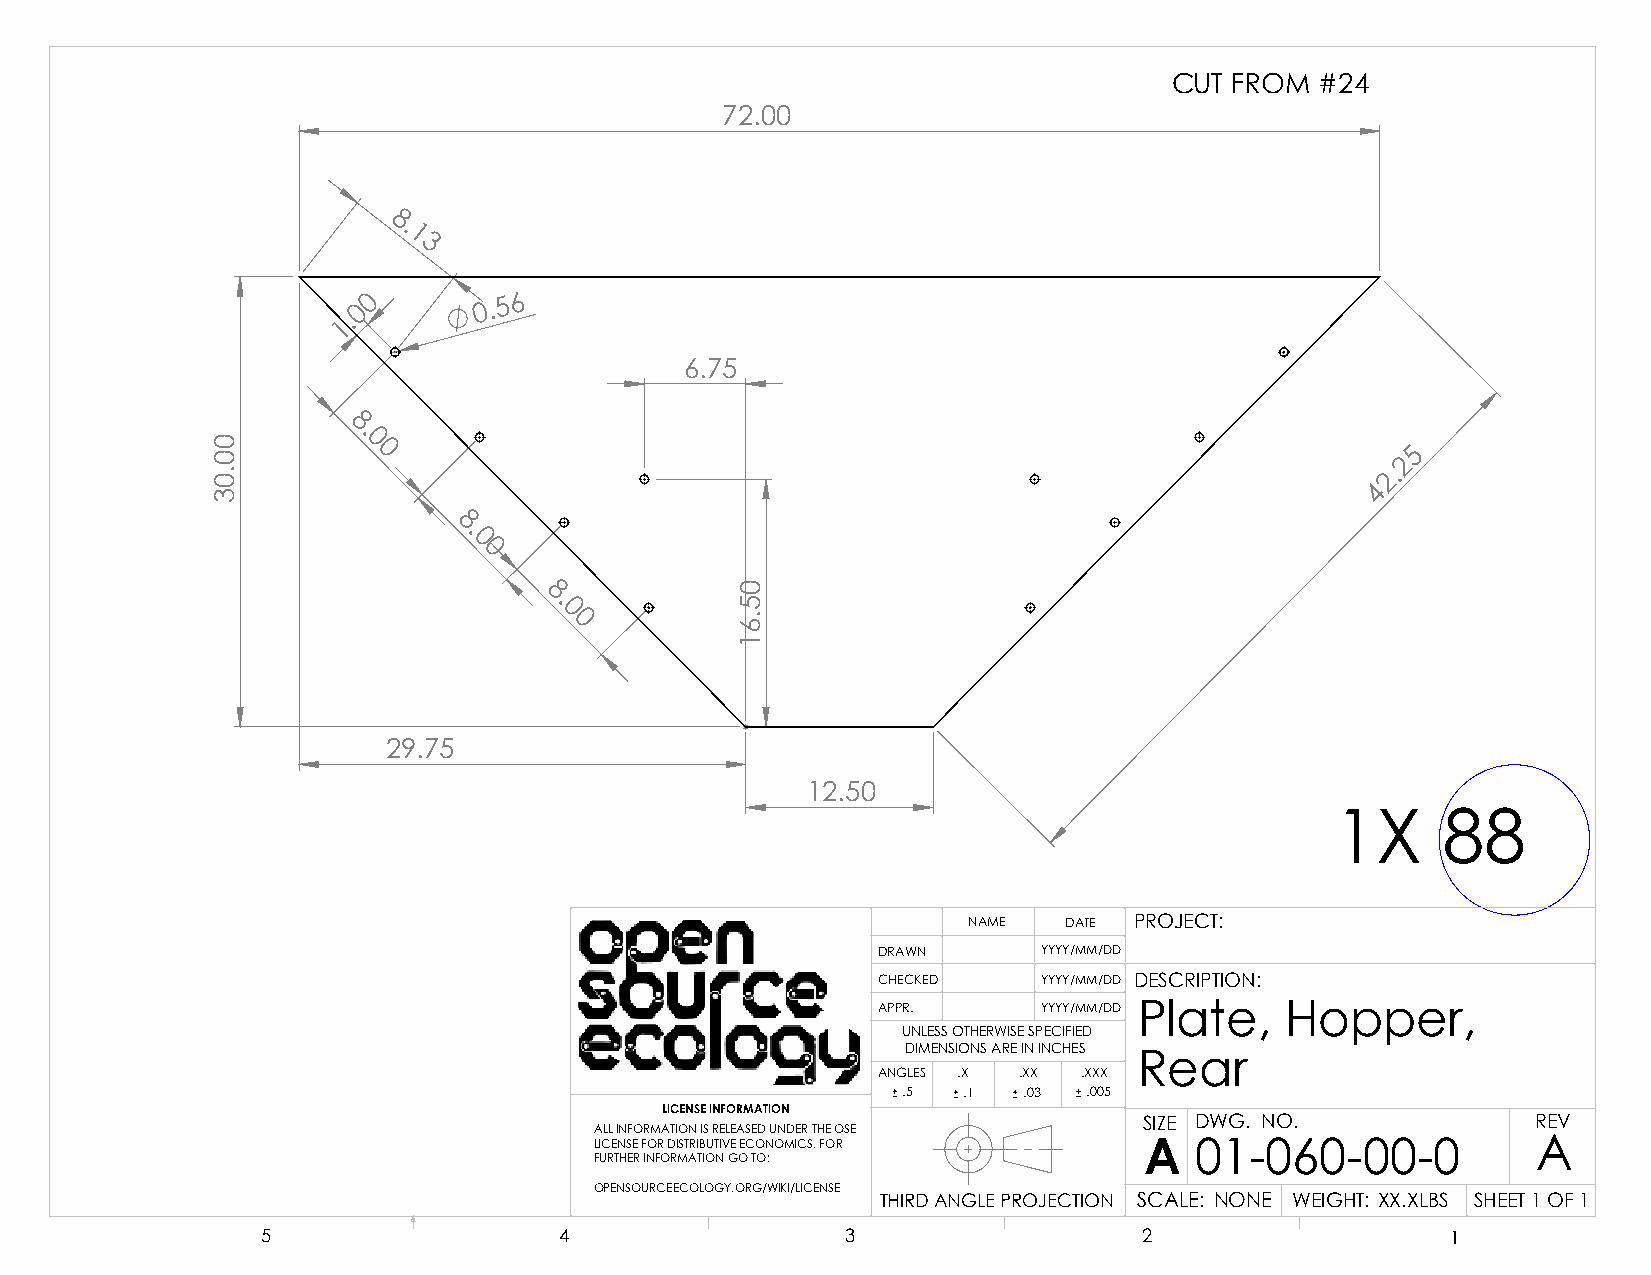
CUT FROM #24
 72.00
 8.
 1
 3
 00      0 . 5 6
 1.
 6.75
 8.
 0
 0                                                                   25
 2.
 4
 8.
 0
 0
 8.
 0
 0
 29.75
 12.50
 1X     88
 NAME  DATE PROJECT:
 DRAWN      YYYY/MM/DD
 CHECKED    YYYY/MM/DD DESCRIPTION:
 APPR.      YYYY/MM/DD Plate, Hopper,
 UNLESS OTHERWISE SPECIFIED
 DIMENSIONS ARE IN INCHES
 Rear
 ANGLES .X .XX .XXX
 .5  .1  .03 .005
 LICENSE INFORMATION
 SIZE DWG. NO.             REV
 ALL INFORMATION IS RELEASED UNDER THE OSE
 LICENSE FOR DISTRIBUTIVE ECONOMICS. FOR A 01-060-00-0          A
 FURTHER INFORMATION GO TO:
 OPENSOURCEECOLOGY.ORG/WIKI/LICENSE
 THIRD ANGLE PROJECTION SCALE: NONE WEIGHT: XX.XLBS SHEET 1 OF 1
 5                   4                  3                   2                   1
 00.03
 05.61